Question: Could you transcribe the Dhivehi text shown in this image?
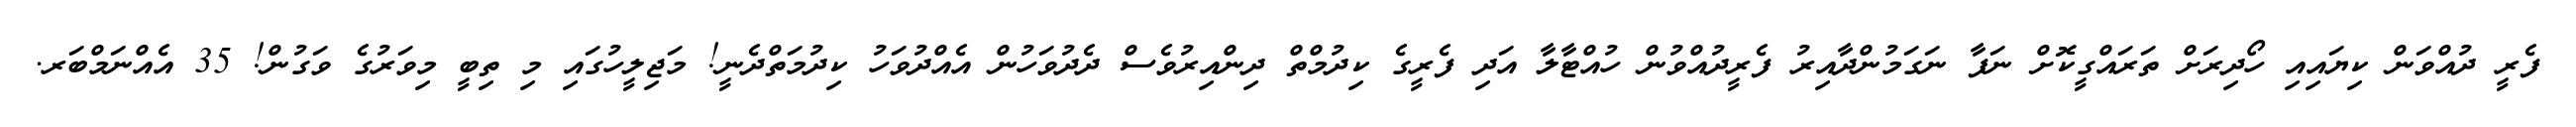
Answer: ފެރީ ދުއްވަން ކިޔައިއި ހޯދިރަށް ތަރައްގީކޮށް ނަފާ ނަގަމުންދާއިރު ފެރީދުއްވުން ހުއްޓާލާ އަދި ފެރީގެ ކިދުމްތް ދިންއިރުވެސް ދެދުވަހުން އެއްދުވަހު ކިދުމަތްދެނީ! މަޖިލީހުގައި މި ތިބީ މިވަރުގެ ވަގުން! 35 އެއްނަމްބަރ.